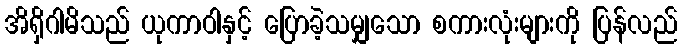
အိရှိဂါမိသည် ယုကာဝါနှင့် ပြောခဲ့သမျှသော စကားလုံးများကို ပြန်လည်